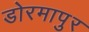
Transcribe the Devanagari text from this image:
डोरमापुर